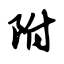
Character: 附